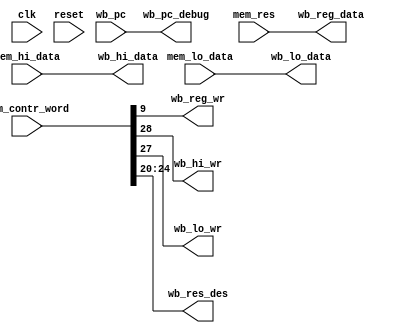
`timescale 1ns / 1ps
//////////////////////////////////////////////////////////////////////////////////
// Company: 
// Engineer: 
// 
// Design Name: 
// Module Name: wb
// Project Name: 
// Target Devices: 
// Tool Versions: 
// Description: 
// 
// Dependencies: 
// 
// Revision:
// Revision 0.01 - File Created
// Additional Comments:
// 
//////////////////////////////////////////////////////////////////////////////////
/*
	clk			                            
	reset		                            
	mem_contr_word_                          [24:20]IDresultdes
                                            [9]IDwrite_reg
                                            [27][28]lohiIDwrite_lowrite_hi
	result			                        MEM
	wb_hilo_data(write_back_hight_low)      
	
    wb_reg_data                             
	wb_reg_wr                               
    wb_hi_wr                                hi
    wb_lo_wr                                lo
    wb_hi_data                              hi
    wb_lo_data                              lo
    wb_res_des                              WB?

	
				            	wb
		-------------------------------------------------
		|								                |
		|	clk				        wb_reg_data[31:0]   |
		|								                |
		|	reset				    wb_reg_wr           |
		|								                |
		|	mem_contr_word_[31:0]		wb_hi_wr        |
		|								                |
		|	mem_res[31:0]			wb_lo_wr            |
		|								                |
		|	wb_hilo_data[4:0]			wb_hi_data[31:0]|
        |								                |
        |	WBPC[31:0] 				wb_lo_data[31:0]    |
		|								                |
        |	         				wb_res_des[4:0]     |
        |								                |
		-------------------------------------------------

*/
module WB(
	input clk,
	input reset,
	input [31:0]mem_contr_word,
    input [31:0]mem_res,
    input [31:0]mem_hi_data,
    input [31:0]mem_lo_data,
    input [31:0]wb_pc,
    output [31:0]wb_reg_data,
    output wb_reg_wr,
    output wb_hi_wr,
    output wb_lo_wr,
    output [4:0]wb_res_des,
    output [31:0]wb_hi_data,
    output [31:0]wb_lo_data,
	output [31:0]wb_pc_debug
    );

// reg wb_reg_wr;
// reg wb_hi_wr;
// reg wb_lo_wr;
// reg [31:0]wb_hi_data;
// reg [31:0]wb_lo_data;
// reg [4:0]wb_res_des;
// reg [31:0]wb_reg_data;
// reg [31:0]wb_pc_debug;

// assign wb_pc_debug=wb_pc;

// always @(negedge reset or negedge clk)
    // begin
        // if(reset==0)
            // begin
                // wb_reg_data<=32'b0;
                // wb_hi_data<=32'b0;
                // wb_lo_data<=32'b0;
                // wb_res_des<=5'b0;
                // wb_reg_wr<=0;
                // wb_hi_wr<=0;
                // wb_lo_wr<=0;
            // end
        // else
            // begin
				// wb_pc_debug<=wb_pc;
                // wb_reg_data<=mem_res;
                // wb_res_des<=mem_contr_word[24:20];
                // wb_reg_wr<=mem_contr_word[9];
                // wb_hi_wr<=mem_contr_word[28];
                // wb_lo_wr=mem_contr_word[27];
                // wb_hi_data<=wb_hilo_data;
                // wb_lo_data<=wb_hilo_data;
            // end
    // end
	assign wb_pc_debug=wb_pc;
    assign wb_reg_data=mem_res;
    assign wb_res_des=mem_contr_word[24:20];
	assign wb_reg_wr=mem_contr_word[9];
	assign wb_hi_wr=mem_contr_word[28];
    assign wb_lo_wr=mem_contr_word[27];
    assign wb_hi_data=mem_hi_data;
    assign wb_lo_data=mem_lo_data;	
	
	
endmodule